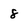
Character: 8